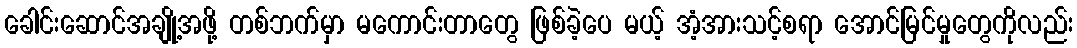
ခေါင်းဆောင်အချို့အဖို့ တစ်ဘက်မှာ မကောင်းတာတွေ ဖြစ်ခဲ့ပေ မယ့် အံ့အားသင့်စရာ အောင်မြင်မှုတွေကိုလည်း